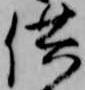
供